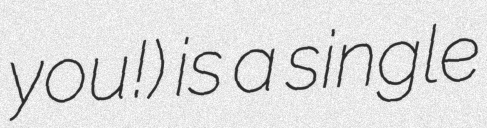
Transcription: youじゃん!) is a single